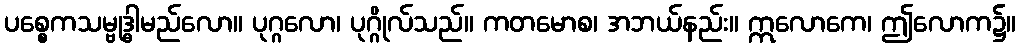
ပစ္စေကသမ္ဗုဒ္ဓါမည်လော။ ပုဂ္ဂလော၊ ပုဂ္ဂိုလ်သည်။ ကတမောစ၊ အဘယ်နည်း။ ဣလောကေ၊ ဤလောက၌။